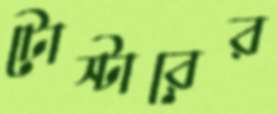
টোস্টারের